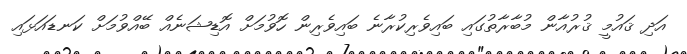
އަދި ޤައުމީ ޤުރުއާން މުބާރާތުގައި ބައިވެރިކުރާނެ ބައިވެރިން ހޮވުމަށް އޮޑިޝަނެއް ބޭއްވުމަށް ކަނޑައަޅައި